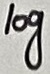
Text: log